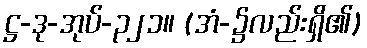
ဋ္ဌ-ဒု-အုပ်-၃၂၁။ (အံ-၌လည်းရှိ၏)